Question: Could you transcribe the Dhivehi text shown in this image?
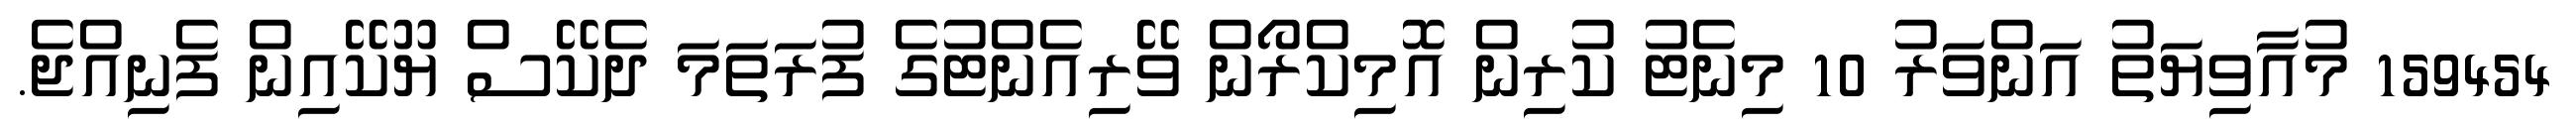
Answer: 159454 މުއާވިޔަތު އަންވަރު 10 މިނެޓު ކުރިން އޮމިކްރޯން ވޭރިއެންޓުގެ ފުރަތަމަ ދެކޭސް ޔޫކޭއިން ފެނިއްޖެ.